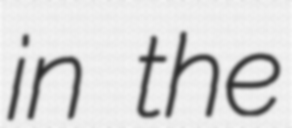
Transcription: in the